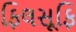
ફિલસૂફિ